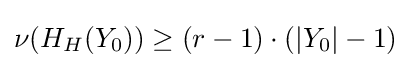
\nu (H_{H}(Y_{0}))\geq (r-1)\cdot (|Y_{0}|-1)